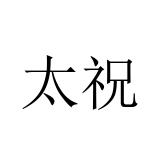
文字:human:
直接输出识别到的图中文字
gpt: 太祝